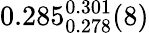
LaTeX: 0.285_{0.278}^{0.301}(8)